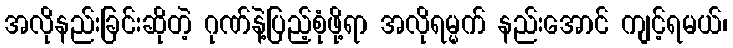
အလိုနည်းခြင်းဆိုတဲ့ ဂုဏ်နဲ့ပြည့်စုံဖို့ရာ အလိုရမ္မက် နည်းအောင် ကျင့်ရမယ်၊